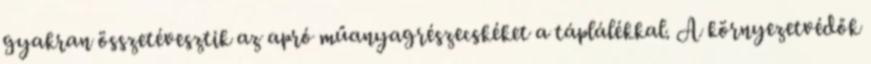
gyakran összetévesztik az apró műanyagrészecskéket a táplálékkal. A környezetvédők